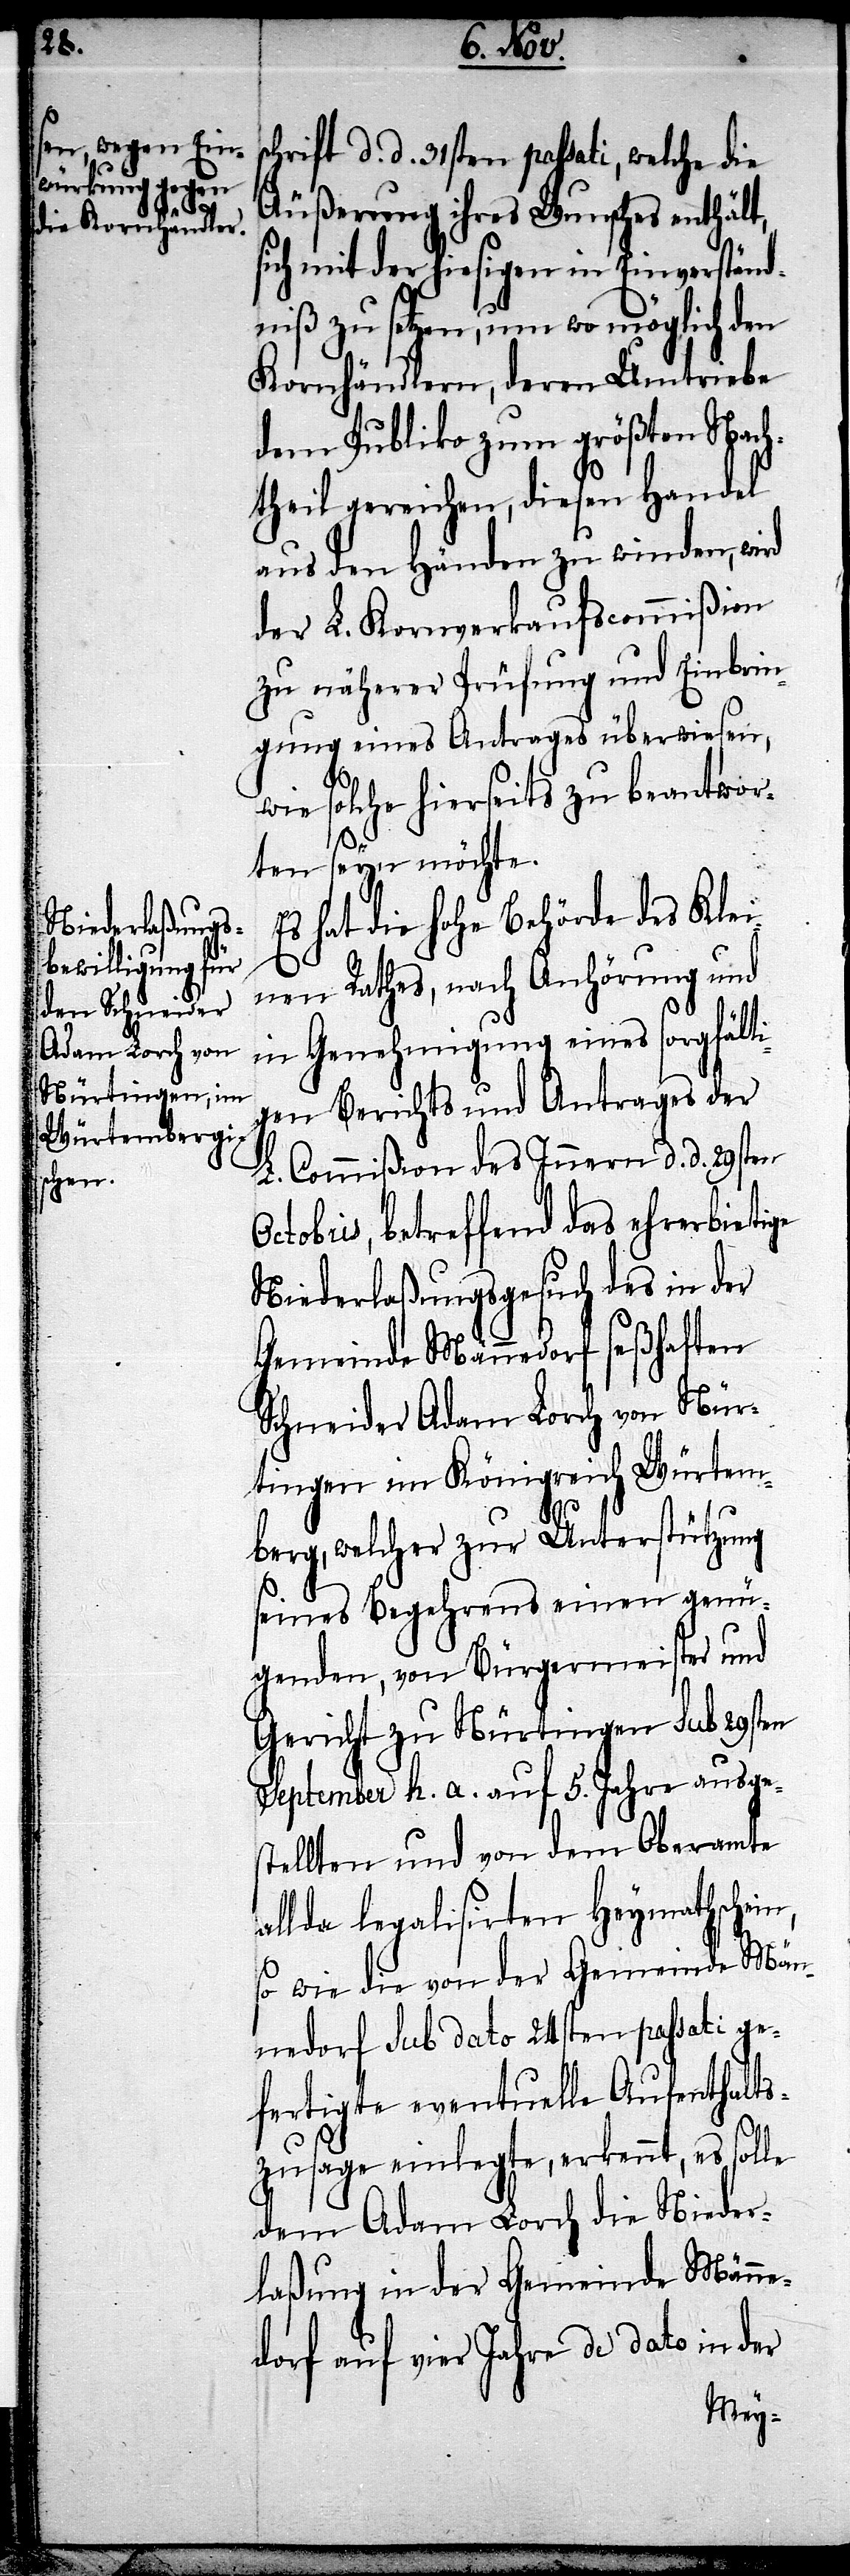
O¬

Es hat die Hohe Behörde des Klei¬
nen Rathes, nach Anhörung und
in Genehmigung eines sorgfälti¬
gen Berichts und Antrages der
L. Commißion des Innern d. d. 29sten
ctobris, betreffend das ehrerbietige
Niederlaßungsgesuch des in der
Gemeinde Männedorf seßhaften
Schneider Adam Lorch von Nür¬
tingen im Königreich Würtem¬
berg, welcher zur Unterstützung
seines Begehrens einen genü¬
genden, von Bürgermeister und
Gericht zu Nürtingen sub 29sten
September h. a. auf 5. Jahre ausge¬
stellten und von dem Oberamte
allda legalisirten Heymathschein,
so wie die von der Gemeinde Män¬
nedorf sub dato 24sten passati ge¬
fertigte eventuelle Aufenthalts¬
zusage einlegte, erkennt, es solle
dem Adam Lorch die Nieder¬
laßung in der Gemeinde Männe¬
dorf auf vier Jahre de dato in der